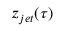
z _ { j e t } ( \tau )